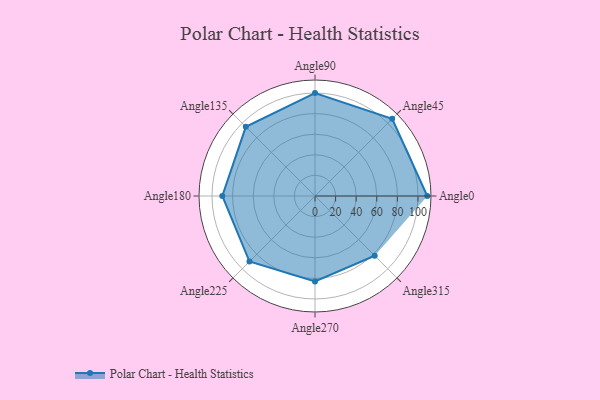
{"axis": {"x": "Angle", "y": "Radius"}, "legend": [""], "data": [{"x": "Angle0", "y": 109.0, "type": ""}, {"x": "Angle45", "y": 106.0, "type": ""}, {"x": "Angle90", "y": 100.0, "type": ""}, {"x": "Angle135", "y": 95.0, "type": ""}, {"x": "Angle180", "y": 90.0, "type": ""}, {"x": "Angle225", "y": 90.0, "type": ""}, {"x": "Angle270", "y": 83.0, "type": ""}, {"x": "Angle315", "y": 82.0, "type": ""}]}